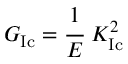
G _ { \mathrm { { I c } } } = { \cfrac { 1 } { E } } ~ K _ { \mathrm { { I c } } } ^ { 2 }